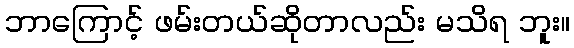
ဘာကြောင့် ဖမ်းတယ်ဆိုတာလည်း မသိရ ဘူး။